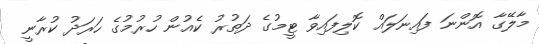
މާލޭގާ އޮންނަ ފައިނަލައް ކޮލިފައިވާ ޓީމުގެ ދަތުރު ކެއުން ހުރުމުގެ ހަރަދު ކުރާނީ